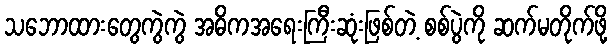
သဘောထားတွေကွဲကွဲ အဓိကအရေးကြီးဆုံးဖြစ်တဲ့ စစ်ပွဲကို ဆက်မတိုက်ဖို့